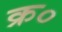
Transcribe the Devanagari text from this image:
क्र०